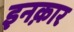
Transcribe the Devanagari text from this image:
इनक़ार